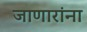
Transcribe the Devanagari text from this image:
जाणारांना